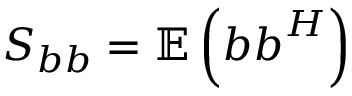
\boldsymbol { S _ { b b } } = \mathbb { E } \left( \boldsymbol { b } \boldsymbol { b } ^ { H } \right)